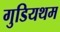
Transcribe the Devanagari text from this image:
गुडियथम